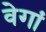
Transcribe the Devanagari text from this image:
वेगां